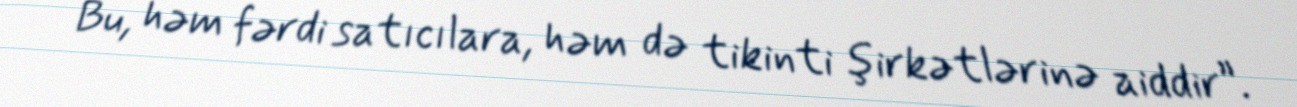
Bu, həm fərdi satıcılara, həm də tikinti şirkətlərinə aiddir”.